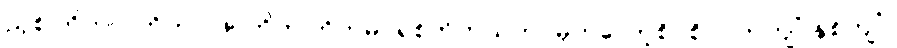
ညှစ်ကြိတ်ဝါကြိတ် ဖြူကြိတ်ကြိတ်မိ ရစ်ဘိတသတ် မှတ်လော့စိပ်စိပ် တကျိပ်နှစ်ကျိပ်